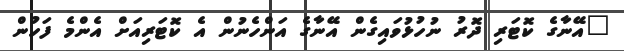
"އޭނާގެ ކޮޓަރި ދޮރު ނުހުޅުވައިގެން އޭނާގެ އަންހެނުން އެ ކޮޓަރިއަށް އެންމެ ފަހުން